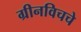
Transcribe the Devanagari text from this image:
ग्रीनविचचे